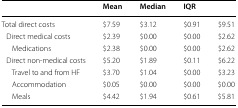
<table><thead><tr><td></td><td><b>Mean</b></td><td><b>Median</b></td><td colspan="2"><b>IQR</b></td></tr></thead><tbody><tr><td>Total direct costs</td><td>$7.59</td><td>$3.12</td><td>$0.91</td><td>$9.51</td></tr><tr><td> Direct medical costs</td><td>$2.39</td><td>$0.00</td><td>$0.00</td><td>$2.62</td></tr><tr><td>Medications</td><td>$2.38</td><td>$0.00</td><td>$0.00</td><td>$2.62</td></tr><tr><td> Direct non-medical costs</td><td>$5.20</td><td>$1.89</td><td>$0.11</td><td>$6.22</td></tr><tr><td>Travel to and from HF</td><td>$3.70</td><td>$1.04</td><td>$0.00</td><td>$3.23</td></tr><tr><td>Accommodation</td><td>$0.05</td><td>$0.00</td><td>$0.00</td><td>$0.00</td></tr><tr><td>Meals</td><td>$4.42</td><td>$1.94</td><td>$0.61</td><td>$5.81</td></tr></tbody></table>